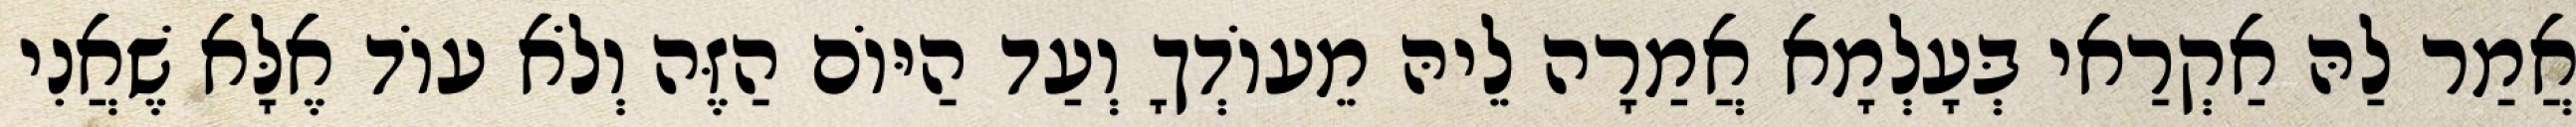
אֲמַר לַהּ אַקְרַאי בְּעָלְמָא אֲמַרָה לֵיהּ מֵעוֹדְךָ וְעַד הַיּוֹם הַזֶּה וְלֹא עוֹד אֶלָּא שֶׁאֲנִי